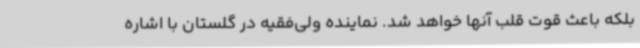
بلکه باعث قوت قلب آنها خواهد شد. نماینده ولی‌فقیه در گلستان با اشاره